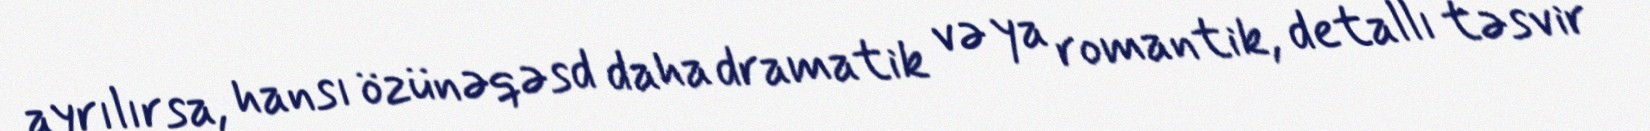
ayrılırsa, hansı özünəqəsd daha dramatik və ya romantik, detallı təsvir